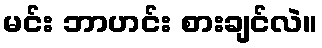
မင်း ဘာဟင်း စားချင်လဲ။